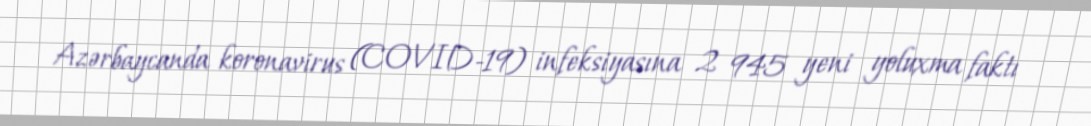
Azərbaycanda koronavirus (COVID-19) infeksiyasına 2 945 yeni yoluxma faktı